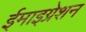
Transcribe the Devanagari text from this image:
ईमाइग्रेशन